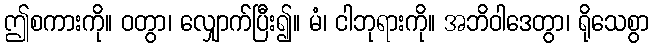
ဤစကားကို။ ဝတွာ၊ လျှောက်ပြီး၍။ မံ၊ ငါဘုရားကို။ အဘိဝါဒေတွာ၊ ရိုသေစွာ